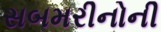
સબમરીનોની